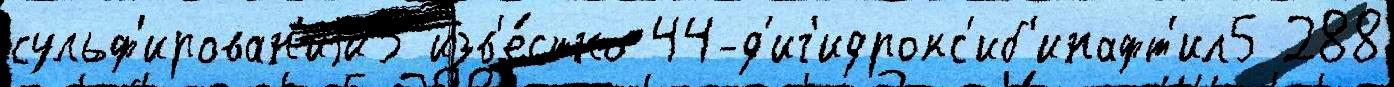
сульф'ирован'иjи3 изв'е́стно 44-д'иг'идрокс'иб'инафт'ил5 288